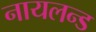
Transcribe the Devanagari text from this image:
नायलन्ड